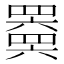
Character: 𬙩